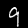
Label: 9